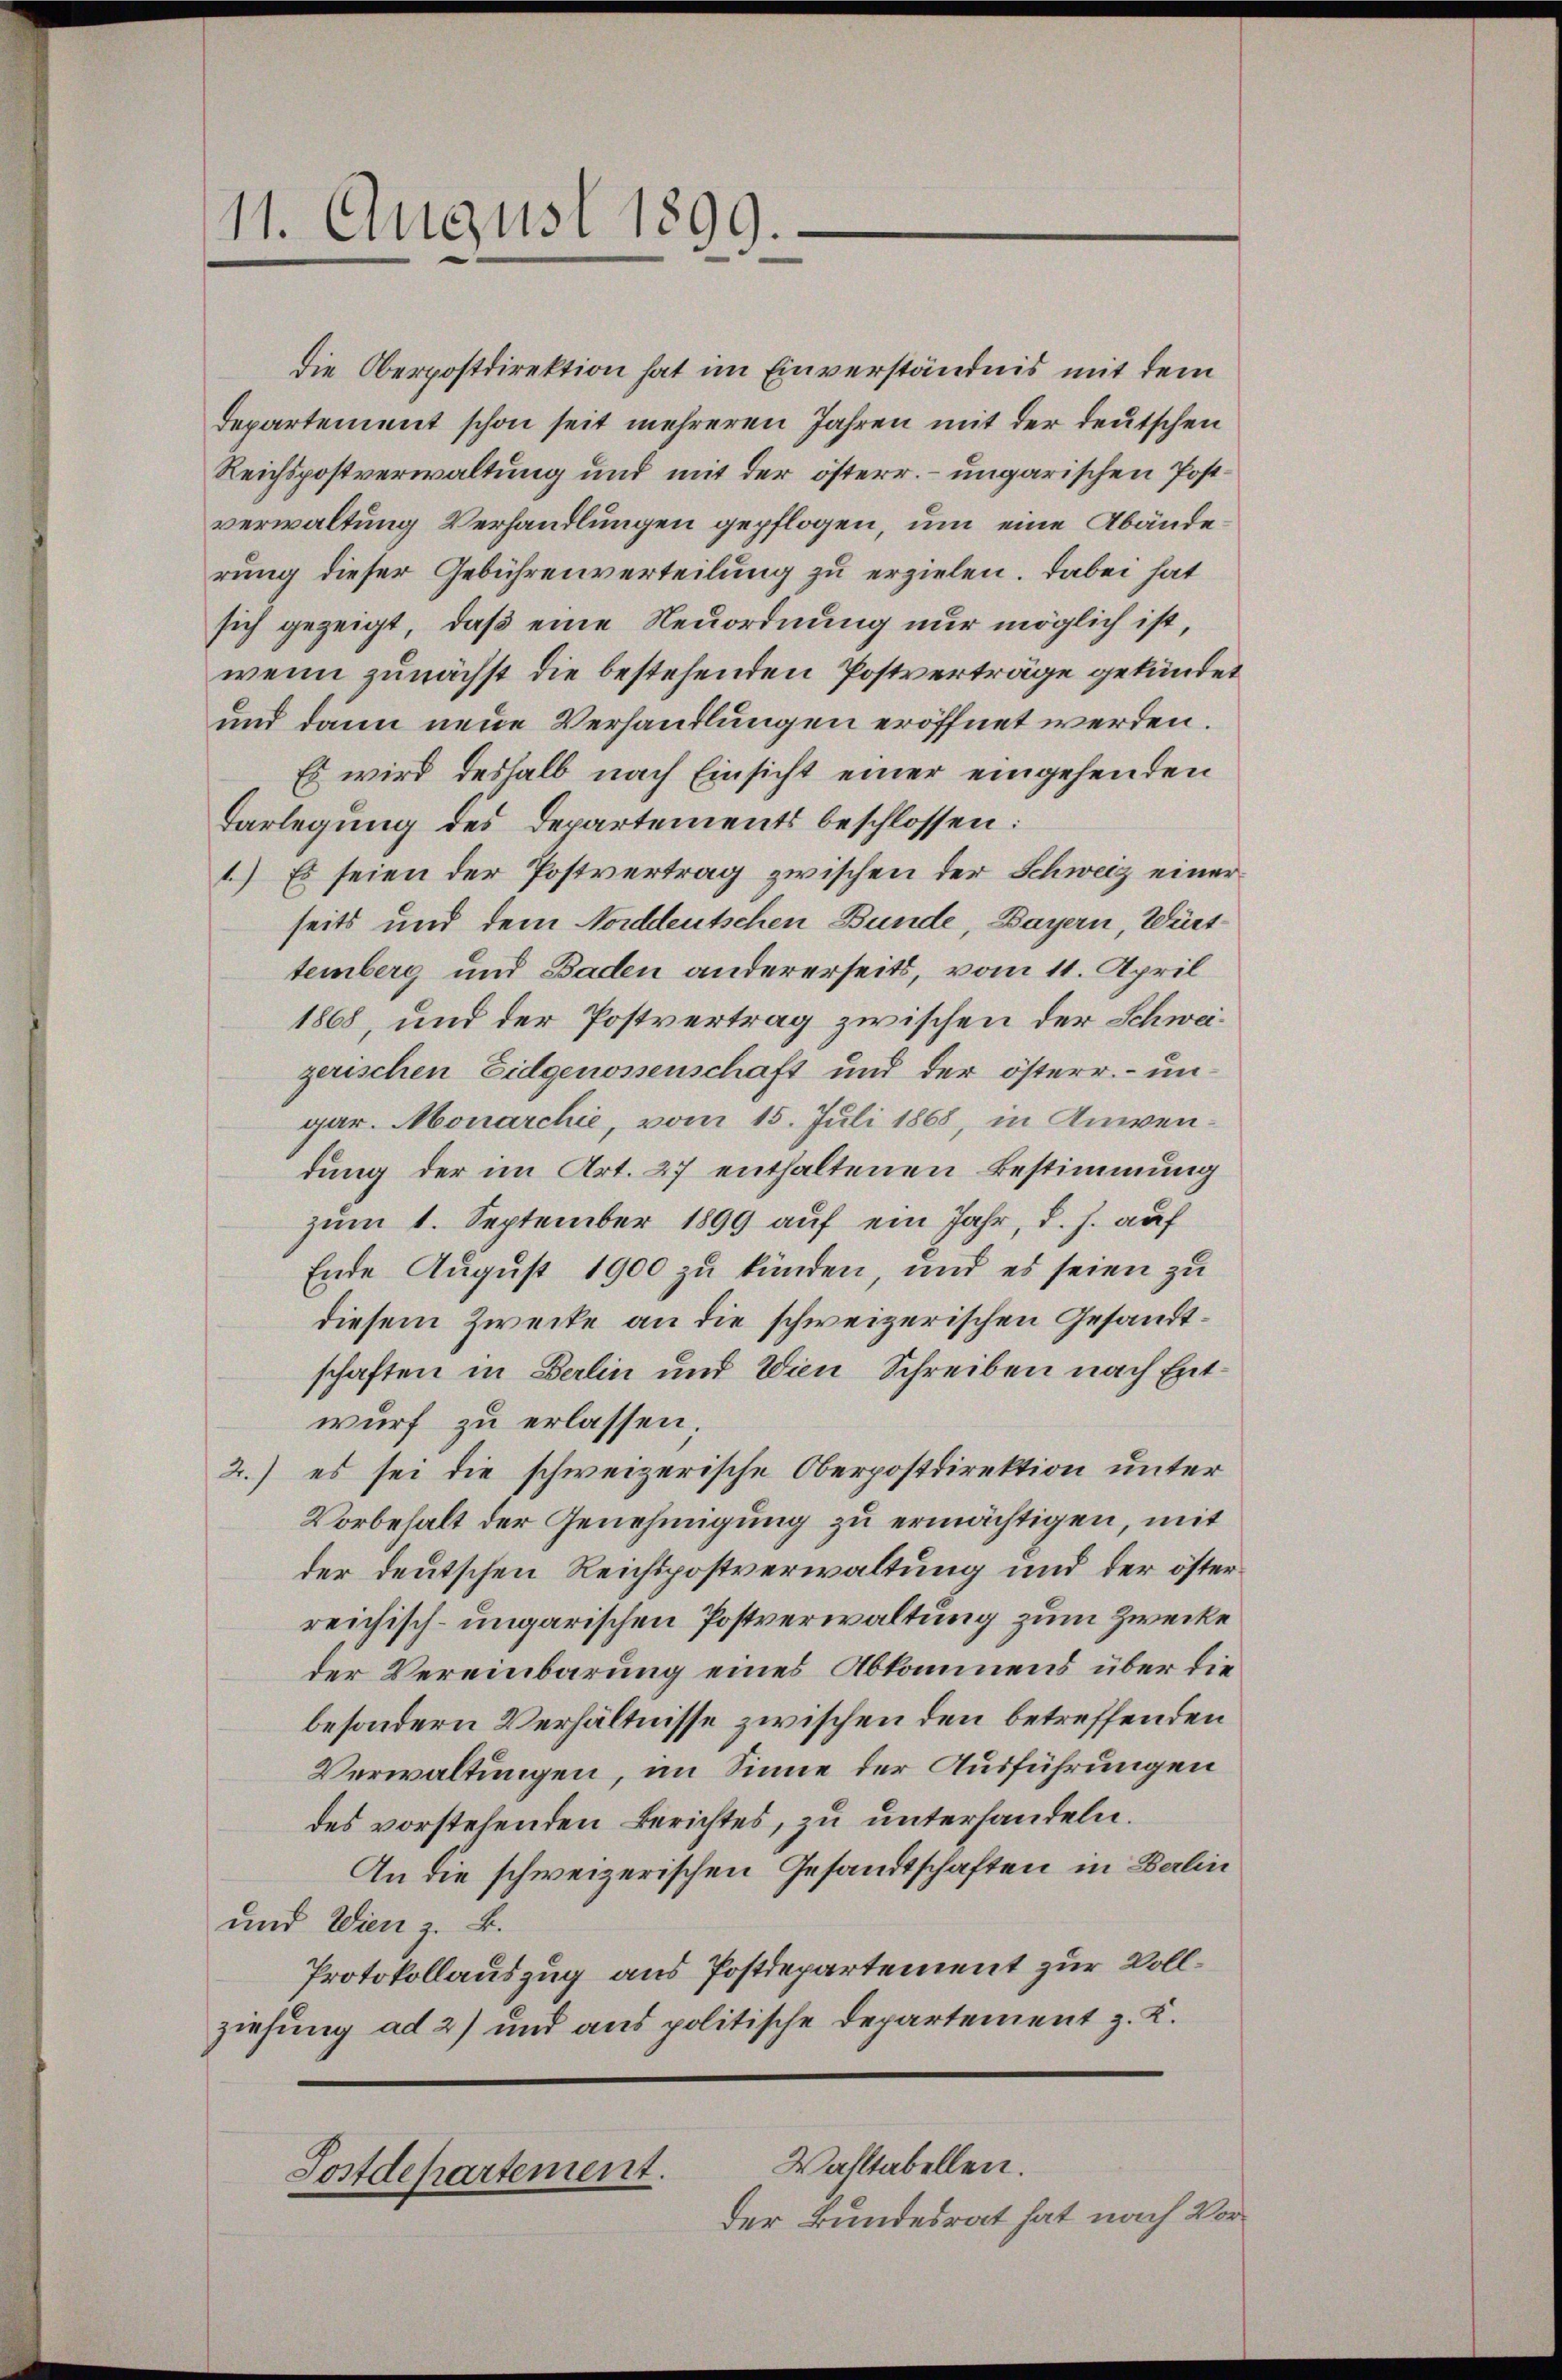
11. August 1899.

die Oberpostdirektion hat im Einverständnis mit dem
Departement schon seit mehreren Jahren mit der deutschen
Reichspostverwaltung und mit der österr. – ungarischen Postverwaltung Verhandlungen gepflogen, um eine Abänderung dieser Gebührenverteilung zu erzielen. Dabei hat
sich gezeigt, daß eine Neuordnung nur möglich ist,
wenn zunächst die bestehenden Postverträge gekündet
und dann neue Verhandlungen eröffnet werden.
Es wird deshalb nach Einsicht einer eingehenden
Darlegung des Departements beschlossen:
1) Es seien der Postvertrag zwischen der Schweiz einer
seits und dem Norddeutschen Bunde, Bayern, Württemberg und Baden andererseits, vom 11. April
1868, und der Postvertrag zwischen der Schweizerischen Eidgenossenschaft und der österr.- ungar. Monarchie, vom 15. Juli 1868, in Anwendung der im Art. 27 enthaltenen Bestimmung
zum 1. September 1899 auf ein Jahr, d. h. auf
Ende August 1900 zu künden, und es seien zu
diesem Zwecke an die schweizerischen Gesandtschaften in Berlin und Wien Schreiben nach Entwurf zu erlassen.
2.) es sei die schweizerische Oberpostdirektion unter
Vorbehalt der Genehmigung zu ermächtigen, mit
der deutschen Reichtpostverwaltung und der österreichisch-ungarischen Postverwaltung zum Zwecke
der Vereinbarung eines Abkommens über die
besondern Verhältnisse zwischen den betreffenden
Verwaltungen, im Sinne der Ausführungen
des vorstehenden Berichtes, zu unterhandeln.
An die schweizerischen Gesandtschaften in Berlin
und Wien z. B.
Protokollauszug aus Postdepartement zur Vollziehung ad 2) und aus politische Departement z. K.
Wahltabellen.
Sostdepartement.
der Bundesrat hat nach Vor¬